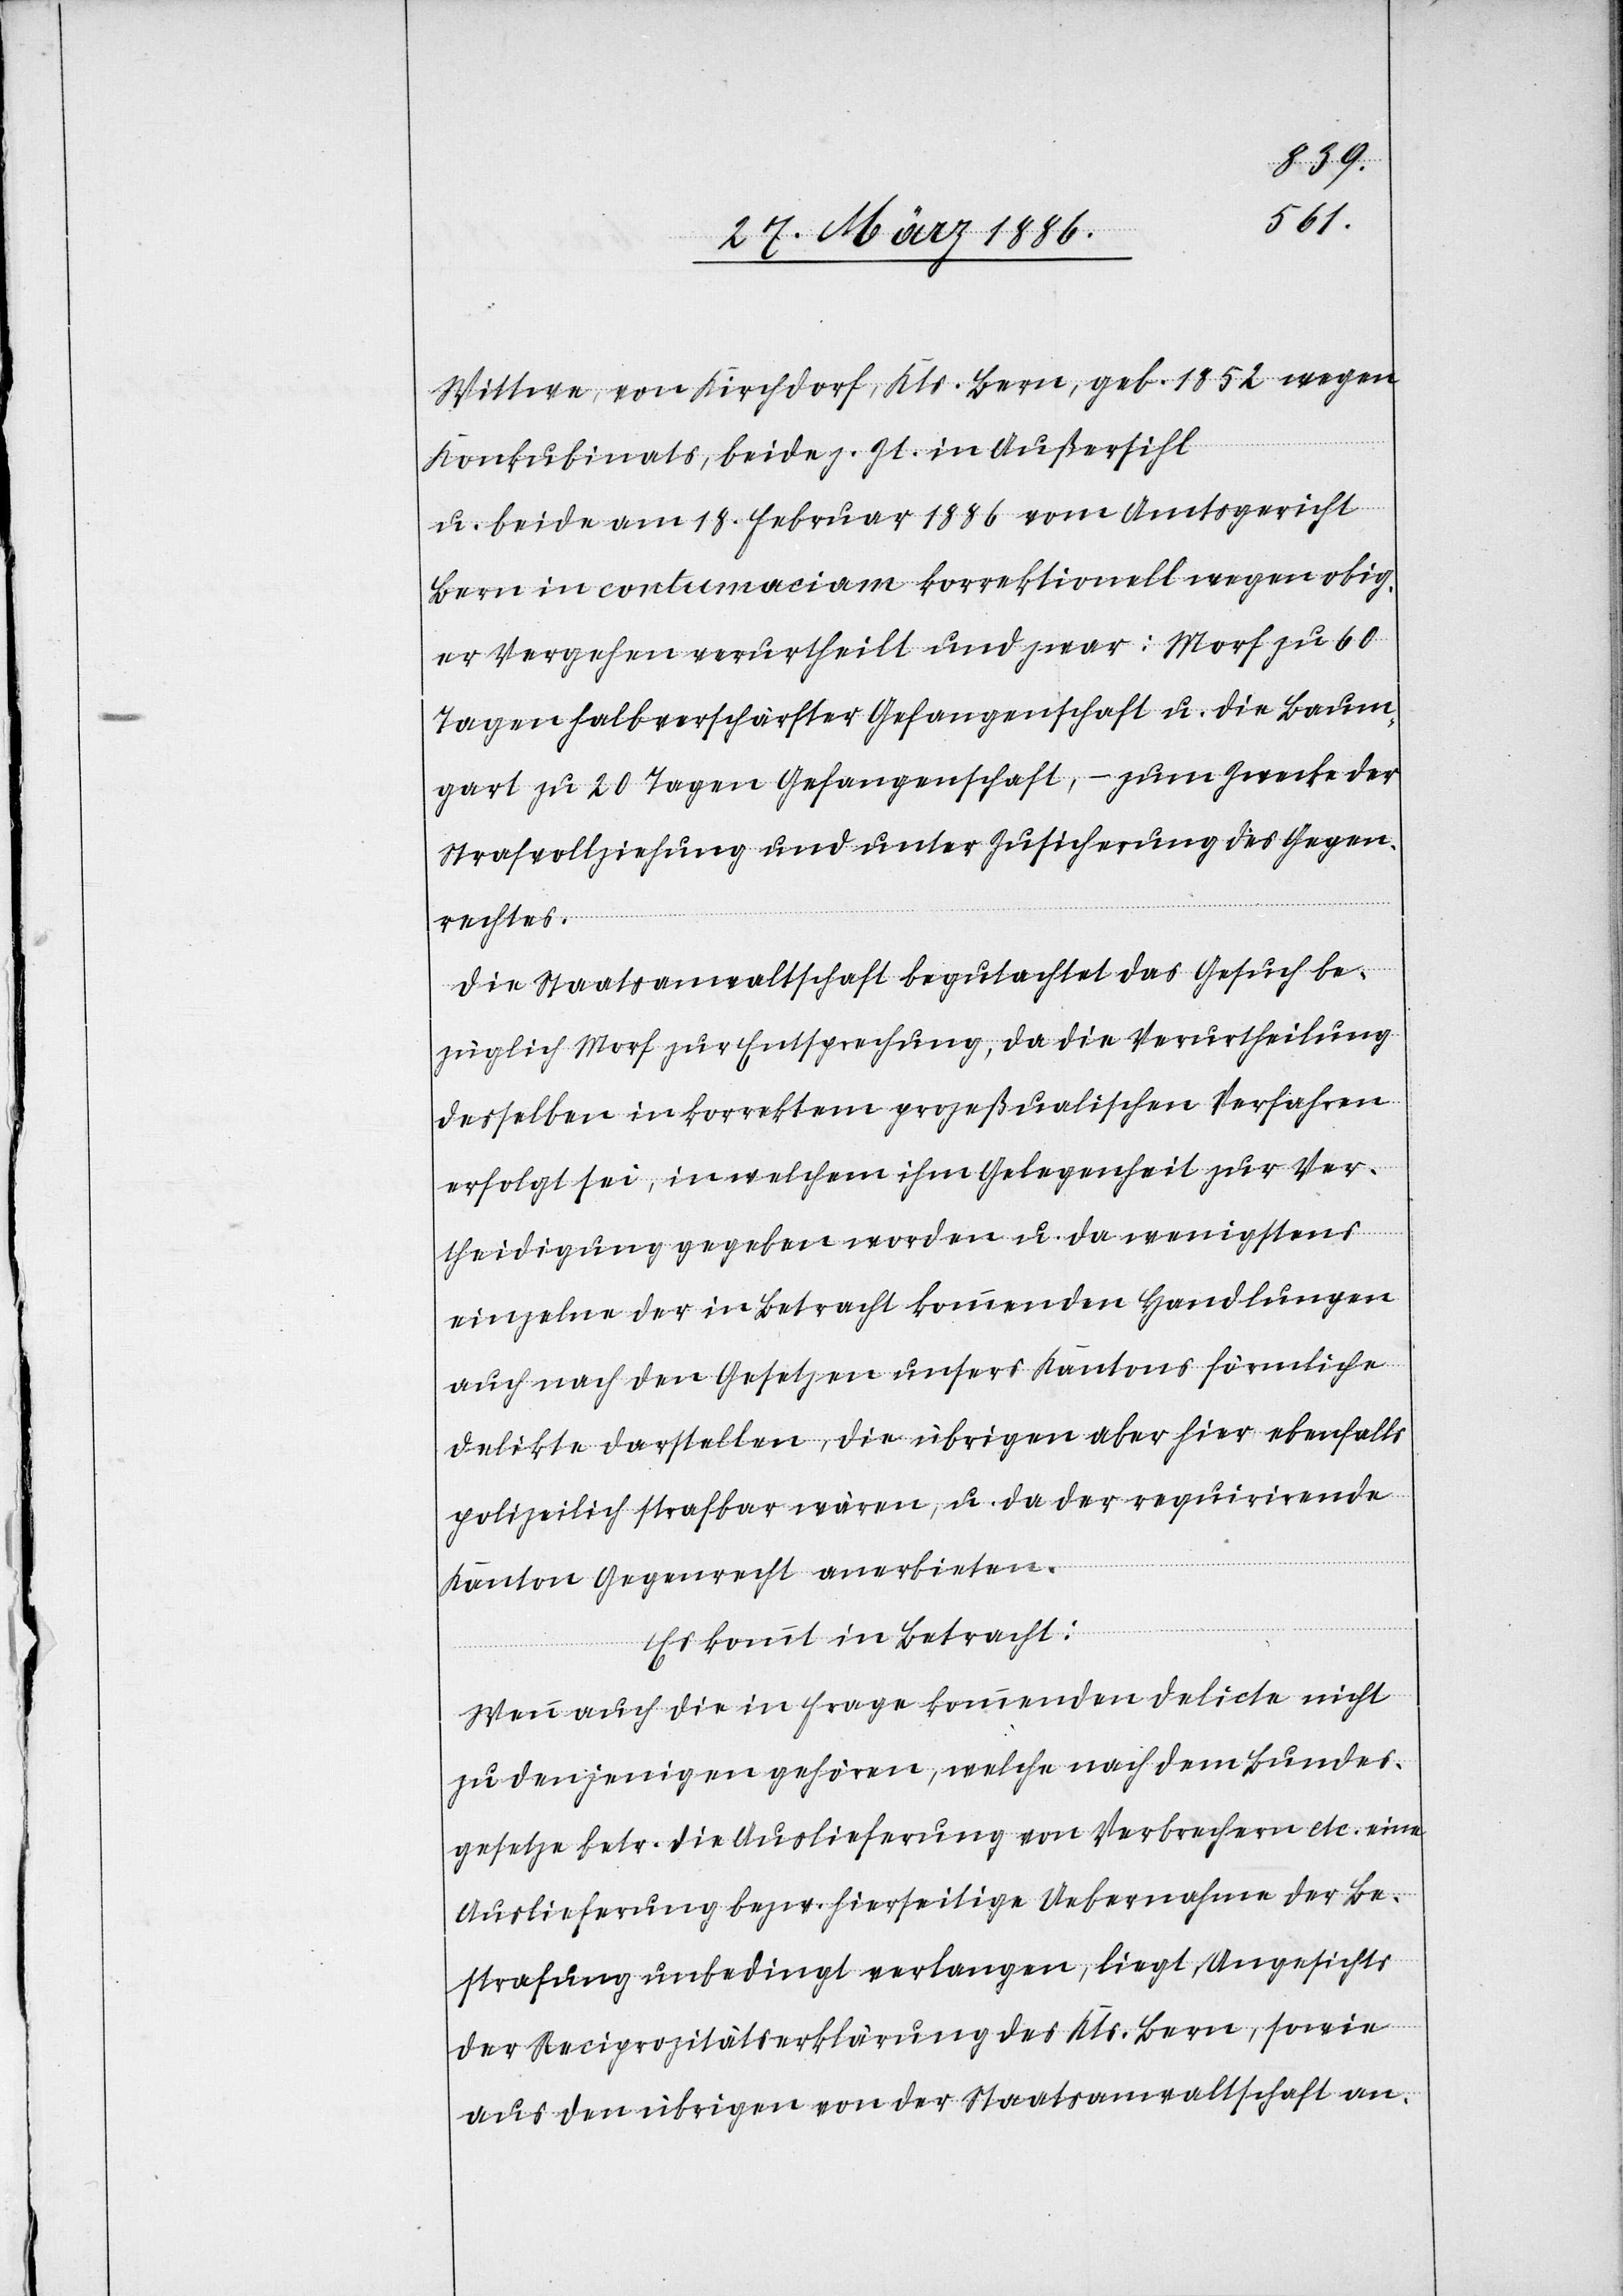
Wittwe, von Kirchdorf, Kts. Bern, geb. 1852 wegen
Konkubinates, beide z. Zt. in Außersihl
u. beide am 18. Februar 1886 vom Amtsgericht
Bern in contumaciam korrektionell wegen obig¬
er Vergehen verurtheilt und zwar: Morf zu 60
Tagen halbverschärfter Gefangenschaft u. die Baum¬
gart zu 20 Tagen Gefangenschaft, – zum Zwecke der
Strafvollziehung und unter Zusicherung des Gegen¬
rechtes.
Die Staatsanwaltschaft begutachtet das Gesuch be¬
züglich Morf zur Entsprechung, da die Verurtheilung
desselben in korrektem prozeßualischem Verfahren
erfolgt sei, in welchem ihm Gelegenheit zur Ver¬
theidigung gegeben worden u. da wenigstens
einzelne der in Betracht kommenden Handlungen
auch nach den Gesetzen unsers Kantons förmliche
Delikte darstellen, die übrigen aber hier ebenfalls
polizeilich strafbar wären, u. da der requirirende
Kanton Gegenrecht anerbietet.
Es kommt in Betracht:
Wenn auch die in Frage kommenden Delicte nicht
zu denjenigen gehören, welche nach dem Bundes¬
gesetze betr. die Auslieferung von Verbrechern etc. eine
Auslieferung bzw. hierseitige Uebernahme der Be¬
strafung unbedingt verlangen, liegt Angesichts
der Reciprozitätserklärung des Kts. Bern, wobei
aus den übrigen von der Staatsanwaltschaft an-